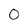
Character: 0